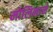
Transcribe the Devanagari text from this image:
मोलिनाने